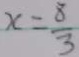
x = \frac { 8 } { 3 }